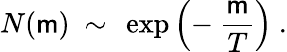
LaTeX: N(\mathsf{m})~\sim~\exp\left(-~\frac{{\mathsf{m}}}{{T}}\right)~.